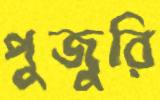
পুজুরি